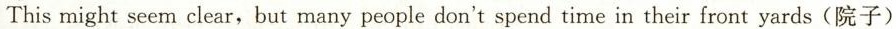
This might seem clear,but many people don't spend time in their front yards(院子)